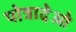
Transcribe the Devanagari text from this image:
पोत्रादेओ